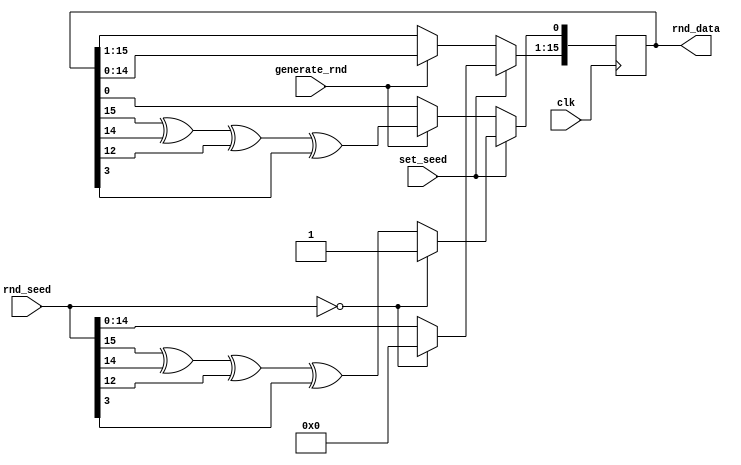
/* Copyright (c) 2017 by the author(s)
 *
 * Permission is hereby granted, free of charge, to any person obtaining a copy
 * of this software and associated documentation files (the "Software"), to deal
 * in the Software without restriction, including without limitation the rights
 * to use, copy, modify, merge, publish, distribute, sublicense, and/or sell
 * copies of the Software, and to permit persons to whom the Software is
 * furnished to do so, subject to the following conditions:
 *
 * The above copyright notice and this permission notice shall be included in
 * all copies or substantial portions of the Software.
 *
 * THE SOFTWARE IS PROVIDED "AS IS", WITHOUT WARRANTY OF ANY KIND, EXPRESS OR
 * IMPLIED, INCLUDING BUT NOT LIMITED TO THE WARRANTIES OF MERCHANTABILITY,
 * FITNESS FOR A PARTICULAR PURPOSE AND NONINFRINGEMENT. IN NO EVENT SHALL THE
 * AUTHORS OR COPYRIGHT HOLDERS BE LIABLE FOR ANY CLAIM, DAMAGES OR OTHER
 * LIABILITY, WHETHER IN AN ACTION OF CONTRACT, TORT OR OTHERWISE, ARISING FROM,
 * OUT OF OR IN CONNECTION WITH THE SOFTWARE OR THE USE OR OTHER DEALINGS IN
 * THE SOFTWARE.
 *
 * =============================================================================
 *
 * Pseudo random number generator for 16 or 32-bit numbers with a maximum length
 * period. The first shift operation is performed on initialization so the first
 * random number following the seed is immediately available.
 *
 * Author(s):
 *   Max Koenen <max.koenen@tum.de>
 */

module stress_test_lfsr
#(
   parameter WIDTH = 16
)(
   // Clock
   input                clk,

   input [WIDTH-1:0]    rnd_seed,
   input                set_seed,
   input                generate_rnd,
   output [WIDTH-1:0]   rnd_data
);

   // Contains the generated random numbers.
   reg [WIDTH-1:0] rnd_gen;
   assign rnd_data = rnd_gen;

   // Shift register generating pseudo random numbers.
   generate
      if (WIDTH == 32) begin
         always @(posedge clk) begin
            if (set_seed) begin
               // Make sure the lfsr is initialized with a valid value.
               if (rnd_seed == 0) begin
                  rnd_gen <= 32'h00000001;
               end else begin
                  // Immediately perform first shift operation when initializing
                  rnd_gen[0] <= rnd_seed[31] ^ rnd_seed[21] ^ rnd_seed[1]
                     ^ rnd_seed[0];
                  rnd_gen[31:1] <= rnd_seed[30:0];
               end
            end else if (generate_rnd) begin
               rnd_gen[0] <= rnd_gen[31] ^ rnd_gen[21] ^ rnd_gen[1]
                  ^ rnd_gen[0];
               rnd_gen[31:1] <= rnd_gen[30:0];
            end else begin
               rnd_gen <= rnd_gen;
            end
         end
      end
      else if (WIDTH == 16) begin
         always @(posedge clk) begin
            if (set_seed) begin
               // Make sure the lfsr is initialized with a valid value.
               if (rnd_seed == 0) begin
                  rnd_gen <= 16'h0001;
               end else begin               
                  // Immediately perform first shift operation when initializing
                  rnd_gen[0] <= rnd_seed[15] ^ rnd_seed[14] ^ rnd_seed[12]
                     ^ rnd_seed[3];
                  rnd_gen[15:1] <= rnd_seed[14:0];
               end
            end else if (generate_rnd) begin
               rnd_gen[0] <= rnd_gen[15] ^ rnd_gen[14] ^ rnd_gen[12]
                  ^ rnd_gen[3];
               rnd_gen[15:1] <= rnd_gen[14:0];
            end else begin
               rnd_gen <= rnd_gen;
            end
         end
      end
   endgenerate

endmodule